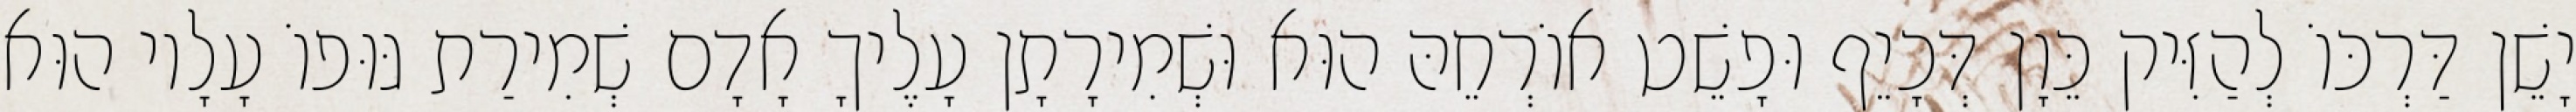
יָשֵׁן דַּרְכּוֹ לְהַזִּיק כֵּוָן דְּכָיֵף וּפָשֵׁט אוֹרְחֵהּ הוּא וּשְׁמִירָתָן עָלֶיךָ אָדָם שְׁמִירַת גּוּפוֹ עָלָיו הוּא